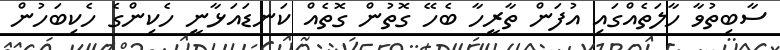
ސާބިތުވާ ހާލަތެއްގައި އުފަން ތާރީހާ ބެހޭ ގޮތުން ގޮތެއް ކަނޑައަޅާނީ ހެކިންގެ ހެކިބަހުން